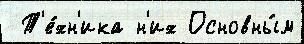
 Т'е́хн'ика н'их Основны́м